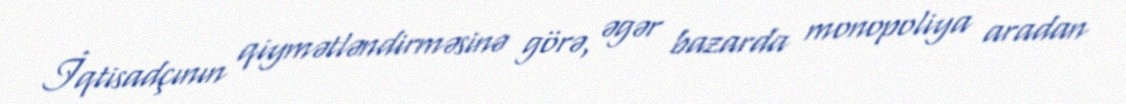
İqtisadçının qiymətləndirməsinə görə, əgər bazarda monopoliya aradan